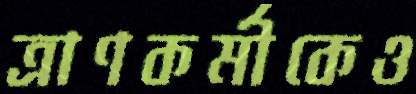
ত্রাণকর্মীকেও